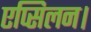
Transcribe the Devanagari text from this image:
एप्सिलन।